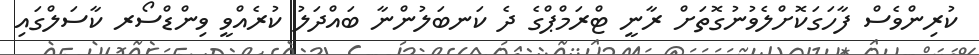
ކުރިންވެސް ފާހަގަކޮށްލެވުނުގޮތަށް ރާނީ ޓްރަމްޕްގެ ދެ ކަނބަލުންނާ ބައްދަލު ކުރެއްވީ ވިންޑްސޯރ ކާސަލްގައި